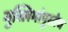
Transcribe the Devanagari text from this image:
मुस्लिमांपुरतेच